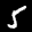
Label: 5